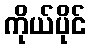
ကိုယ်ပိုင်